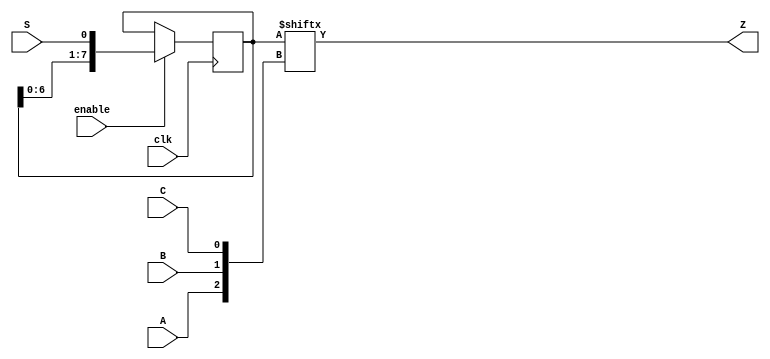
module top_module (
    input clk,
    input enable,
    input S,
    input A, B, C,
    output Z ); 

reg [7:0] q;

wire [2:0] idx;
assign idx = {A, B, C};
assign Z = q[idx];

always @(posedge clk ) begin
    if(enable) begin
        q <= {q[6:0], S};
    end
    else;    
end

endmodule